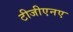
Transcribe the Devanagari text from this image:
टीजीएनए